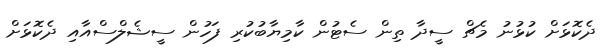
ދެކޮޅަށް ކުޅުނު މެޗް ސީދާ ތިން ސެޓުން ކާމިޔާބުކުރި ފަހުން ސީޝެލްސްއާއި ދެކޮޅަށް